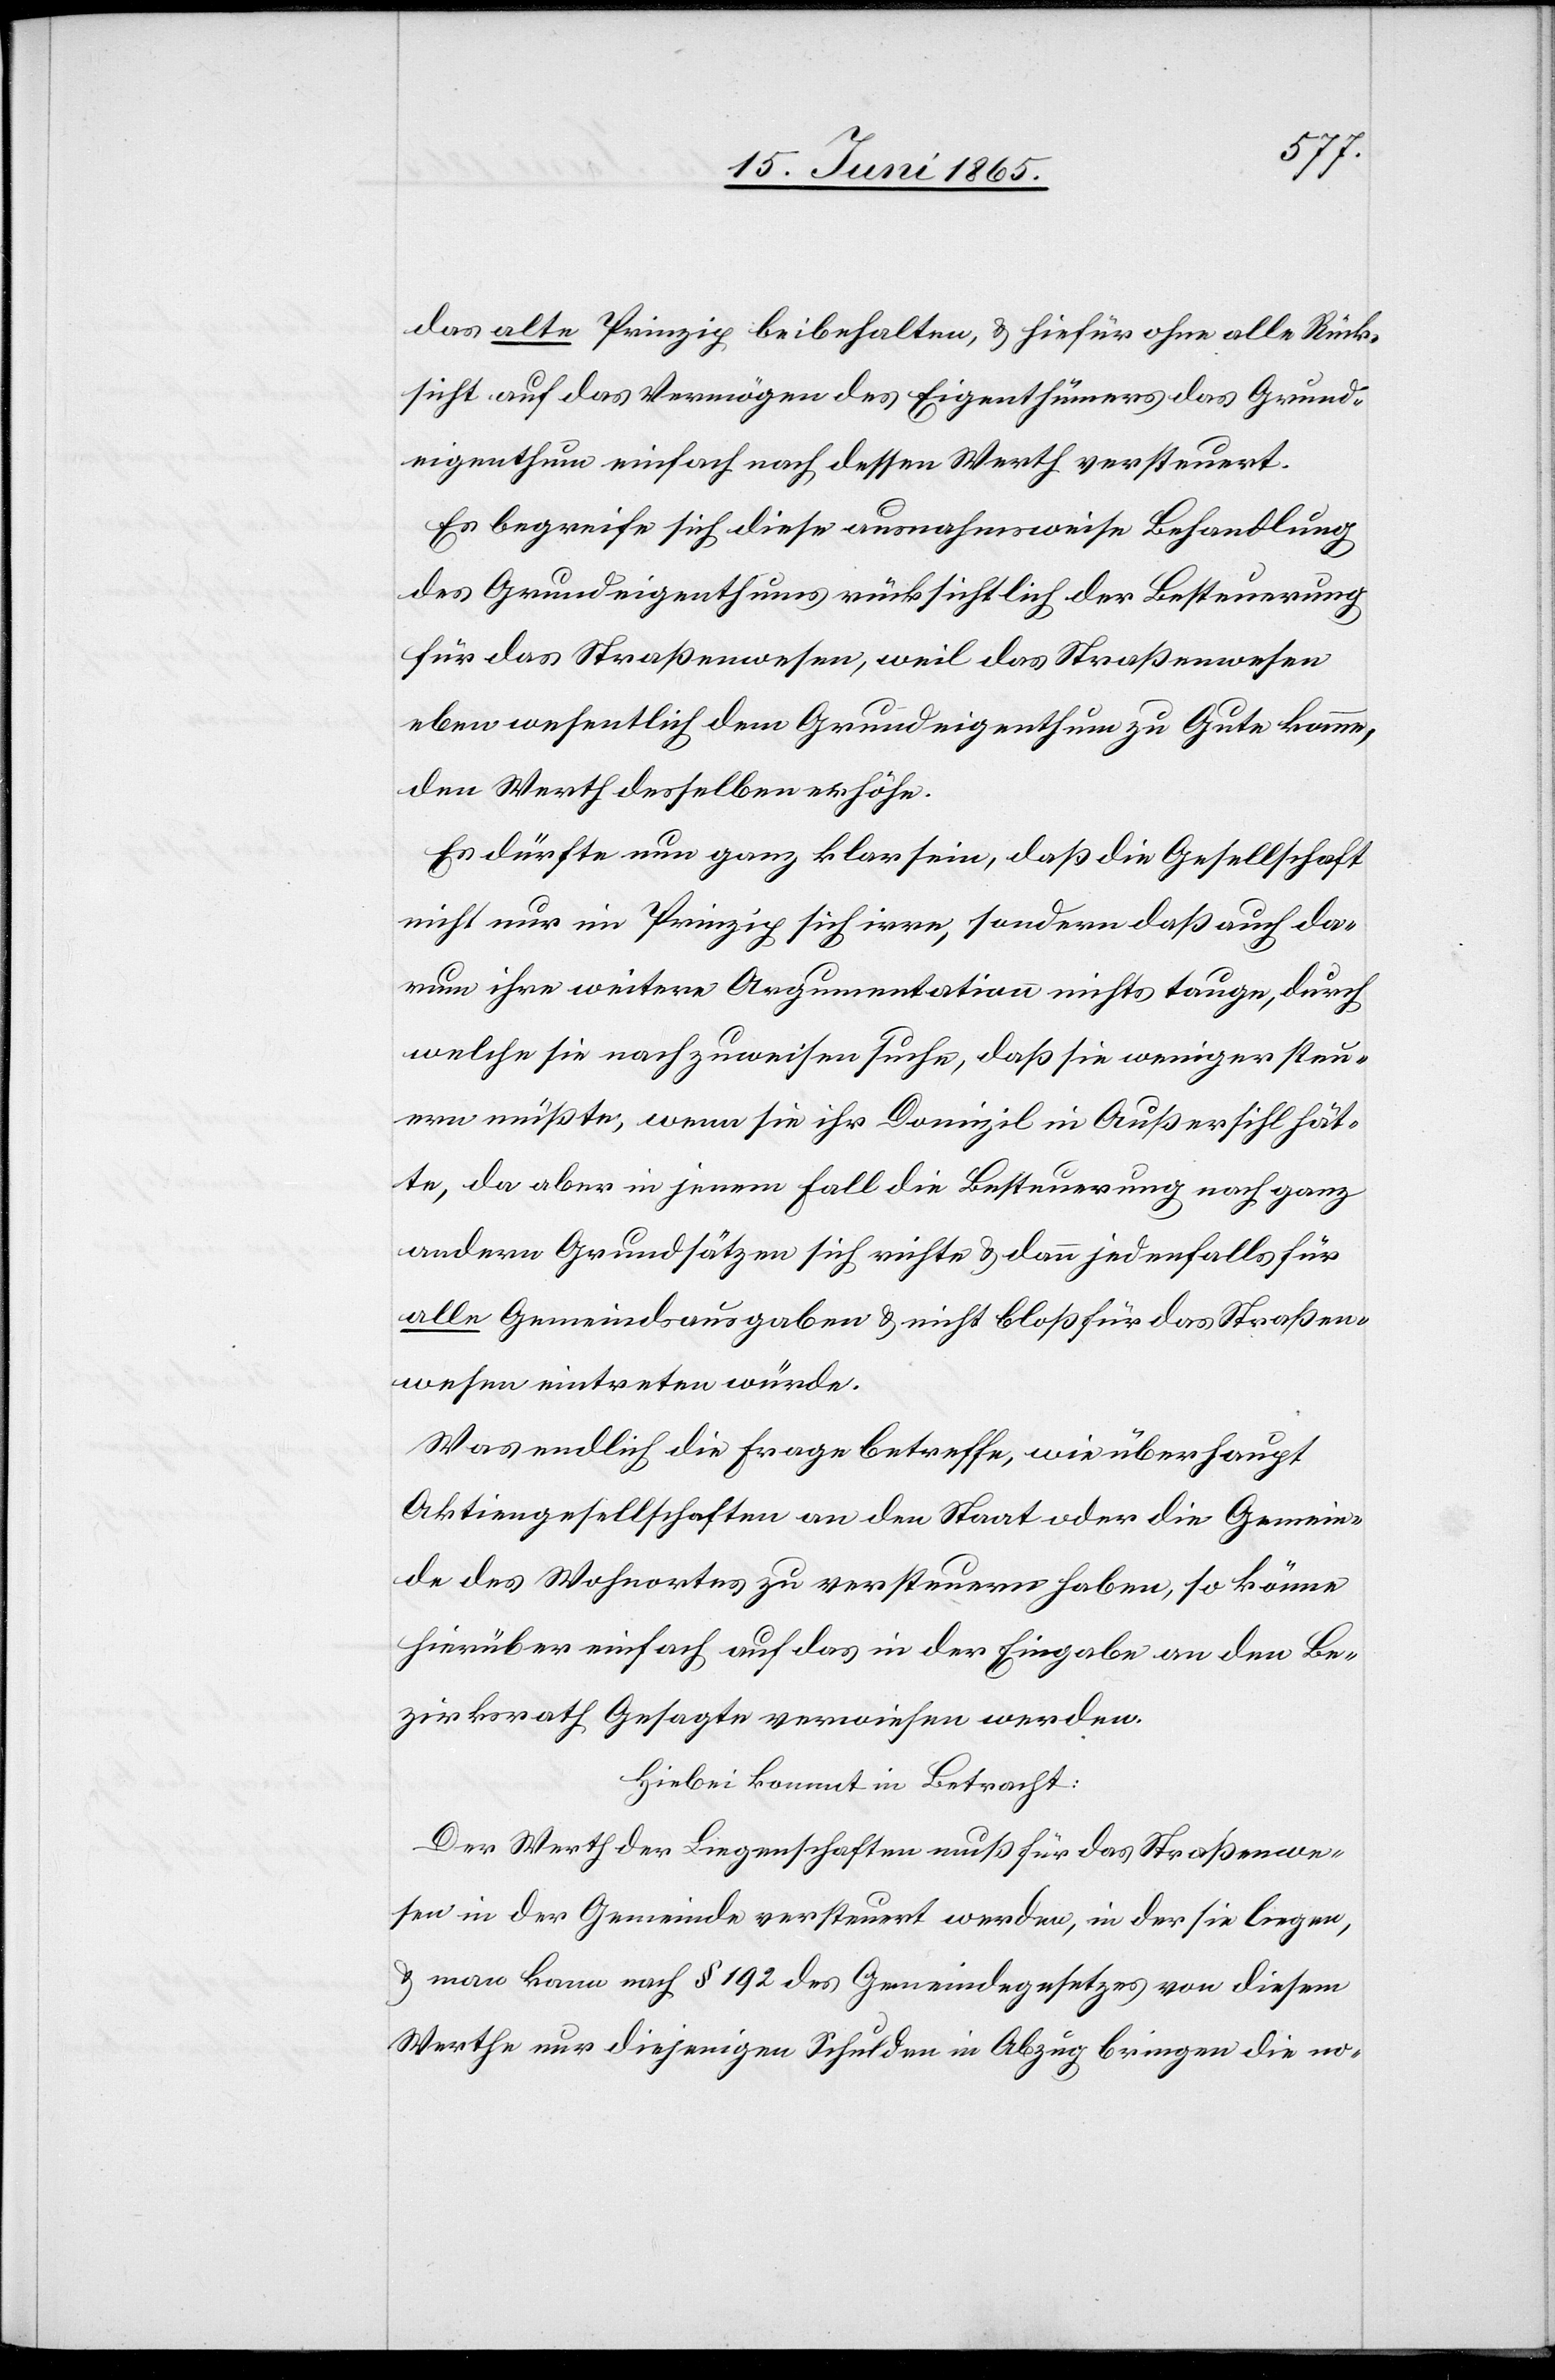
das alte Prinzip beibehalten, & hiefür ohne alle Rück¬
sicht auf das Vermögen des Eigenthümers das Grund¬
eigenthum einfach nach dessen Werth versteuert.
Es begreife sich diese ausnahmsweise Behandlung
des Grundeigenthums rücksichtlich der Besteuerung
für das Straßenwesen, weil das Straßenwesen
eben wesentlich dem Grundeigenthum zu Gute komme,
den Werth desselben erhöhe.
Es dürfte nun ganz klar sein, daß die Gesellschaft
nicht nur im Prinzip sich irre, sondern daß auch da¬
rum ihre weitere Argumentation nichts tauge, durch
welche sie nachzuweisen suche, daß sie weniger steu¬
ern müßte, wenn sie ihr Domizil in Außersihl hät¬
te, da aber in jenem Fall die Besteuerung nach ganz
andern Grundsätzen sich richte & dann jedenfalls für
alle Gemeindsausgaben & nicht bloß für das Straßen¬
wesen eintreten würde.
Was endlich die Frage betreffe, wie überhaupt
Aktiengesellschaften an den Staat oder die Gemein¬
de des Wohnortes zu versteuern haben, so könne
hierüber einfach auf das in der Eingabe an den Be¬
zirksrath Gesagte verwiesen werden.
Hiebei kommt in Betracht:
Der Werth der Liegenschaften muß für das Straßenwe¬
sen in der Gemeinde versteuert werden, in der sie liegen,
& man kann nach § 192 des Gemeindegesetzes von diesem
Werthe nur diejenigen Schulden in Abzug bringen die no-